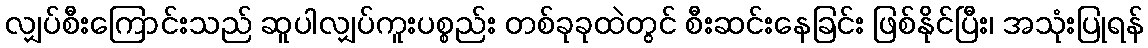
လျှပ်စီးကြောင်းသည် ဆူပါလျှပ်ကူးပစ္စည်း တစ်ခုခုထဲတွင် စီးဆင်းနေခြင်း ဖြစ်နိုင်ပြီး၊ အသုံးပြုရန်